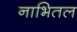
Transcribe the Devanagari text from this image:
नाभितल